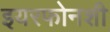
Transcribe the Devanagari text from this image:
इयरफोनशी